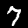
Label: 7